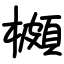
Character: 櫇